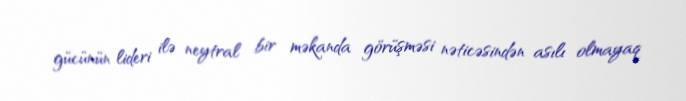
gücünün lideri ilə neytral bir məkanda görüşməsi nəticəsindən asılı olmayaq